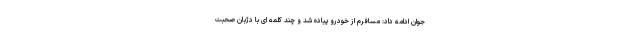
جوان ادامه داد: مسافرم از خودرو پیاده شد و چند کلمه ای با دژبان صحبت